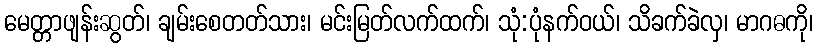
မေတ္တာဖျန်းဆွတ်၊ ချမ်းစေတတ်သား၊ မင်းမြတ်လက်ထက်၊ သုံ:ပုံနက်ဝယ်၊ သိခက်ခဲလှ၊ မာဂဓကို၊